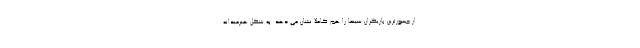
از جسورترین بازیگران سینما را هم کاملا نشان می دهد. به شکل هنرمندانه